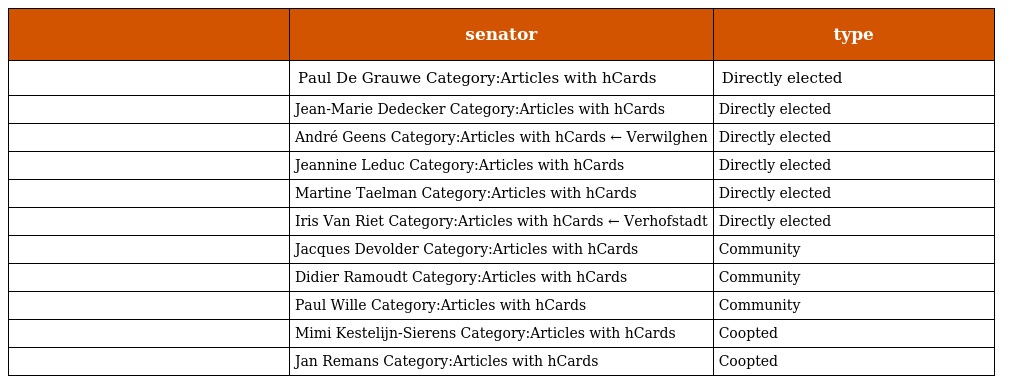
|  | senator | type |
 | --- | --- | --- |
 |  | Paul De Grauwe Category:Articles with hCards | Directly elected |
 |  | Jean-Marie Dedecker Category:Articles with hCards | Directly elected |
 |  | André Geens Category:Articles with hCards ← Verwilghen | Directly elected |
 |  | Jeannine Leduc Category:Articles with hCards | Directly elected |
 |  | Martine Taelman Category:Articles with hCards | Directly elected |
 |  | Iris Van Riet Category:Articles with hCards ← Verhofstadt | Directly elected |
 |  | Jacques Devolder Category:Articles with hCards | Community |
 |  | Didier Ramoudt Category:Articles with hCards | Community |
 |  | Paul Wille Category:Articles with hCards | Community |
 |  | Mimi Kestelijn-Sierens Category:Articles with hCards | Coopted |
 |  | Jan Remans Category:Articles with hCards | Coopted |